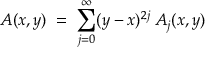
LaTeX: A ( x , y ) \; = \; \sum _ { j = 0 } ^ { \infty } ( y - x ) ^ { 2 j } \: A _ { j } ( x , y )